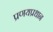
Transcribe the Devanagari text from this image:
प्रणयप्रधान